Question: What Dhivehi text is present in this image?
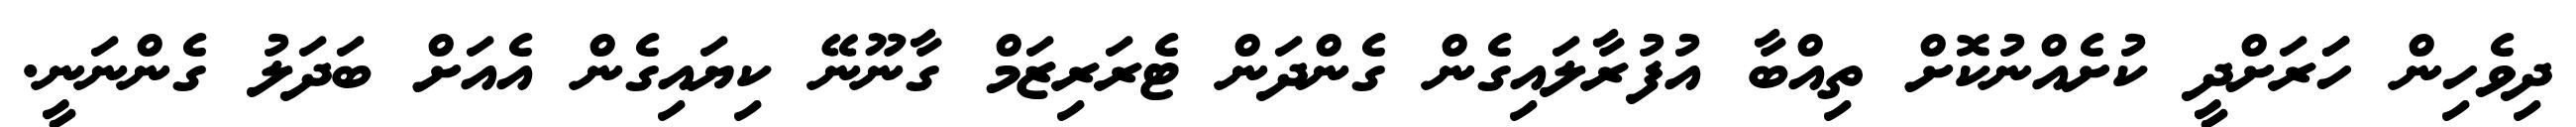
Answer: ދިވެހިން ހަަރަށްދީ ކުށެއްނުކޮށް ތިއްބާ އުފުރާލައިގެން ގެންދަން ޓެރަރިޒަމް ގާނޫނޭ ކިޔައިގެން އެއަށް ބަދަލު ގެންނަނީ.